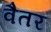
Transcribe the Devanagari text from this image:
वैतर